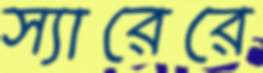
স্যারেরে